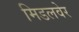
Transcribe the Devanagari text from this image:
मिडलवेर